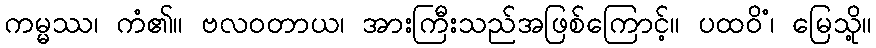
ကမ္မဿ၊ ကံ၏။ ဗလဝတာယ၊ အားကြီးသည်အဖြစ်ကြောင့်။ ပထဝိံ၊ မြေသို့။